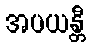
အပယန္တီ